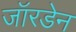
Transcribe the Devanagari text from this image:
जॉरडेन